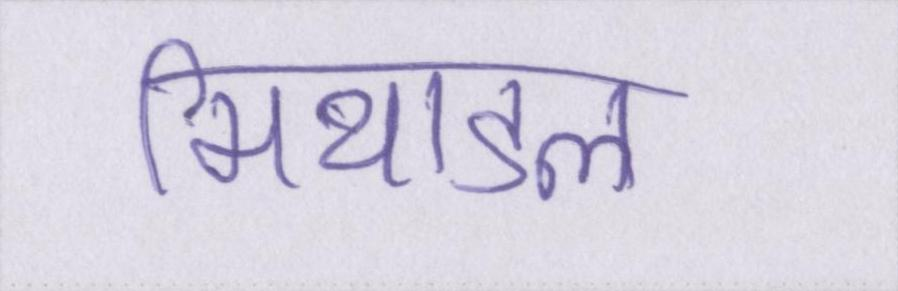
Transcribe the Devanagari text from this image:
मिथाइल